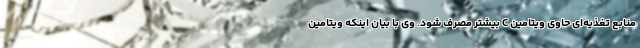
منابع تغذیه‌ای حاوی ویتامین C بیشتر مصرف شود. وی با بیان اینکه ویتامین